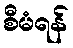
စီမံရန်